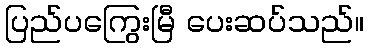
ပြည်ပကြွေးမြီ ပေးဆပ်သည်။